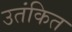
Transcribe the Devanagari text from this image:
उतंकित